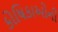
કોષિકાઓની